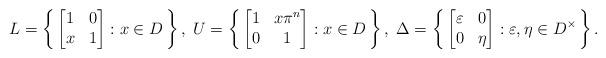
LaTeX: \begin{align*} L = \left\{\, \begin{bmatrix} 1 & 0 \\ x & 1 \end{bmatrix} : x \in D \,\right\},\; U = \left\{\, \begin{bmatrix} 1 & x\pi^n \\ 0 & 1 \end{bmatrix} : x \in D \,\right\},\; \Delta = \left\{\, \begin{bmatrix} \varepsilon & 0 \\ 0 & \eta \end{bmatrix} : \varepsilon, \eta \in D^\times \,\right\}. \end{align*}